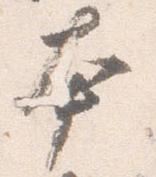
本